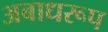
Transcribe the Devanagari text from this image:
अबाधरूप